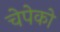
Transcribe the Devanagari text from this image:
चेपेको